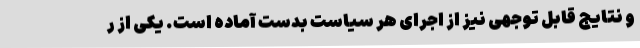
و نتایج قابل توجهی نیز از اجرای هر سیاست بدست آماده است. یکی از ر